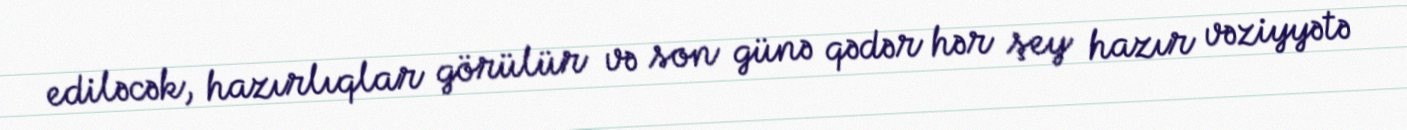
ediləcək, hazırlıqlar görülür və son günə qədər hər şey hazır vəziyyətə